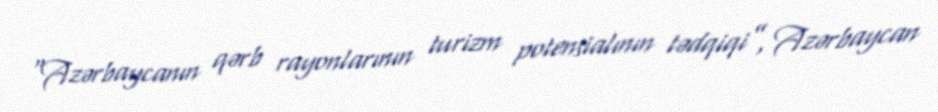
“Azərbaycanın qərb rayonlarının turizm potensialının tədqiqi”, Azərbaycan